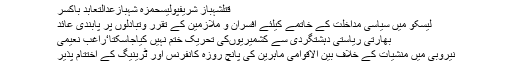
قتلشہباز شریفپولیسحمزہ شہبازعدالتعابد باکسر
لیسکو میں سیاسی مداخلت کے خاتمے کیلئے افسران و ملازمین کے تقرر وتبادلوں پر پابندی عائد
بھارتی ریاستی دہشتگردی سے کشمیریوںکی تحریک ختم نہیں کیاجاسکتا‘راغب نعیمی
نیروبی میں منشیات کے خلاف بین الاقوامی ماہرین کی پانچ روزہ کانفرنس اور ٹرینیگ کے اختتام پذیر